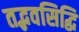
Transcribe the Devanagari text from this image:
तद्भवसिद्धि